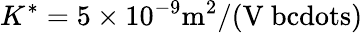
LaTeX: K^{*}=5\times 10^{-9}\mathrm{m^{2}/(V\ bcdots)}